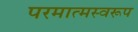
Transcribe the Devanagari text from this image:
परमात्मस्वरूप